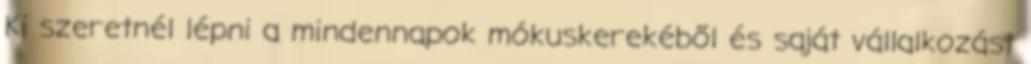
Ki szeretnél lépni a mindennapok mókuskerekéből és saját vállalkozást